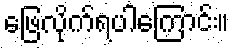
ဖြေလိုက်ရပါကြောင်း။